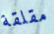
مقلقة